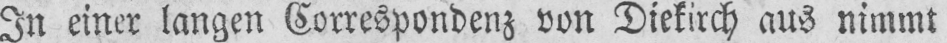
In einer langen Correspondenz von Diekirch aus nimmt